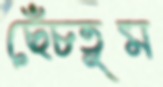
ছেঁচতুম